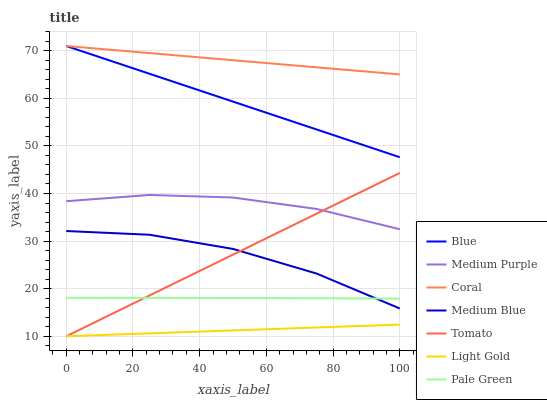
| xaxis_label | Blue | Medium Purple | Coral | Medium Blue | Tomato | Light Gold | Pale Green |
 | --- | --- | --- | --- | --- | --- | --- | --- |
 | 0 | 71 | 38.4 | 71 | 32.1 | 10 | 10 | 18.1 |
 | 25 | 65.2 | 39.7 | 69.5 | 31.3 | 18.6 | 10.6 | 18.1 |
 | 50 | 59.3 | 39.2 | 68 | 28.4 | 27.2 | 11.2 | 18 |
 | 75 | 53.5 | 36.8 | 66.5 | 23.2 | 35.7 | 11.8 | 18 |
 | 100 | 47.6 | 32.5 | 65 | 15.8 | 44.3 | 12.4 | 17.9 |